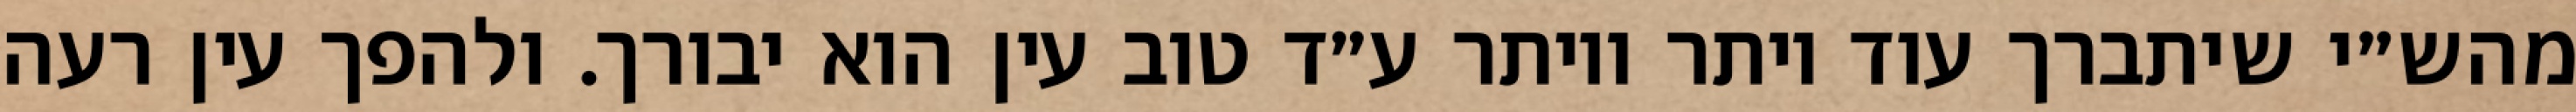
מהש״י שיתברך עוד יותר ויותר ע״ד טוב עין הוא יבורך. ולהפך עין רעה